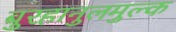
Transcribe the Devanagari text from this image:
बुरहानुलमुल्क